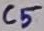
Text: C5